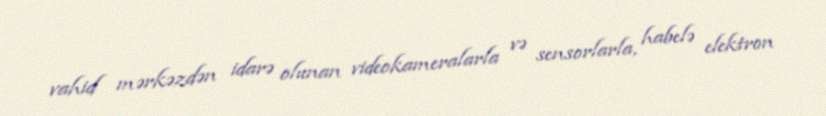
vahid mərkəzdən idarə olunan videokameralarla və sensorlarla, habelə elektron